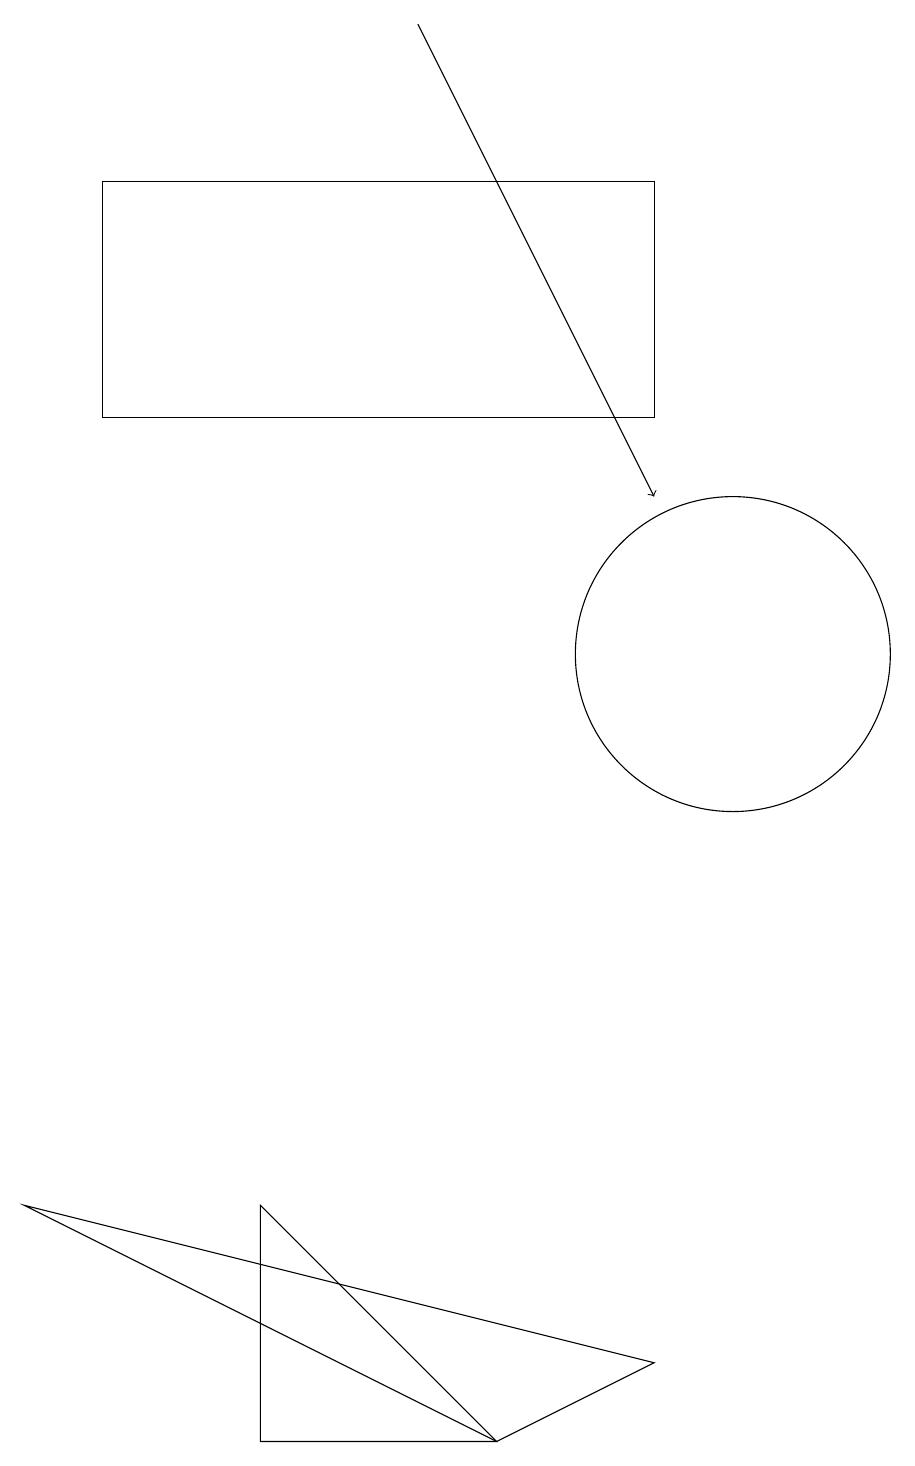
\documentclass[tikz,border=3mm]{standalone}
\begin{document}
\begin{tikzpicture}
\draw (10,10) circle (2);
\draw (9,1) -- (7,0) -- (1,3) -- cycle;
\draw[->] (6,18) -- (9,12);
\draw (2,16) rectangle (9,13);
\draw (7,0) -- (4,0) -- (4,3) -- cycle;
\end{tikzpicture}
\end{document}